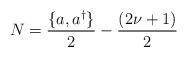
LaTeX: \begin{align*}N = { \{ a, a^{\dagger} \} \over 2 } - { ( 2 \nu + 1 ) \over 2 }\end{align*}